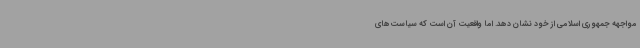
مواجهه جمهوری اسلامی از خود نشان دهد. اما واقعیت آن است که سیاست‌های